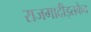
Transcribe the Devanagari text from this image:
राजगादीइतकेच